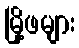
မြို့ဖများ